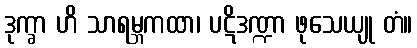
ဒုက္ခာ ဟိ သာရမ္ဘကထာ၊ ပဋိဒဏ္ဍာ ဖုသေယျု တံ။